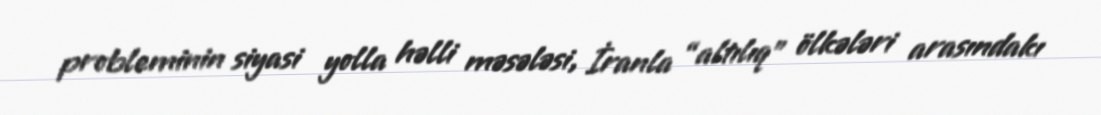
probleminin siyasi yolla həlli məsələsi, İranla “altılıq” ölkələri arasındakı